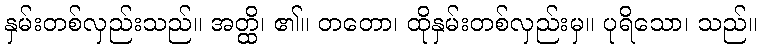
နှမ်းတစ်လှည်းသည်။ အတ္ထိ၊ ၏။ တတော၊ ထိုနှမ်းတစ်လှည်းမှ။ ပုရိသော၊ သည်။